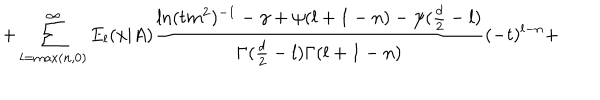
LaTeX: + \sum _ { l = \mathrm { m a x } ( n , 0 ) } ^ { \infty } E _ { l } ( x | A ) \frac { \ln ( t m ^ { 2 } ) ^ { - 1 } - \gamma + \psi ( l + 1 - n ) - \psi ( \frac { d } { 2 } - l ) } { \Gamma ( \frac { d } { 2 } - l ) \Gamma ( l + 1 - n ) } ( - t ) ^ { l - n } +